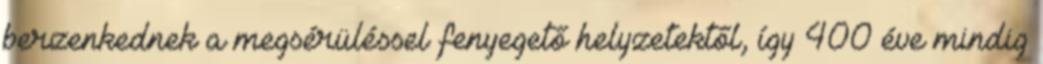
berzenkednek a megsérüléssel fenyegető helyzetektől, így 400 éve mindig